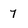
Character: 7